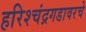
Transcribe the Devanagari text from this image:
हरिश्चंद्रगडावरचे